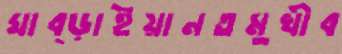
ঘাব্‌ড়াইয়ানতমুখীব